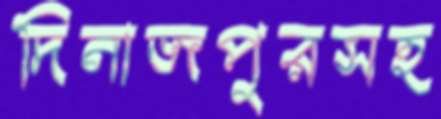
দিনাজপুরসহ